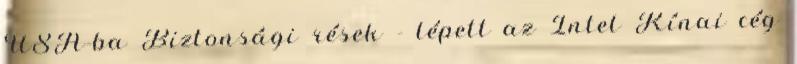
USA-ba Biztonsági rések - lépett az Intel Kínai cég